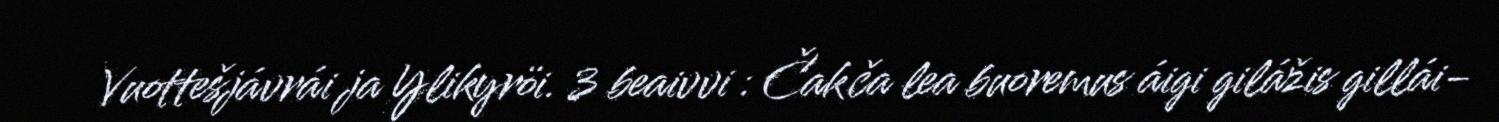
Vuottešjávrái ja Ylikyröi. 3 beaivvi : Čakča lea buoremus áigi gilážis gillái-